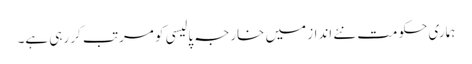
ہماری حکومت نئے انداز میں خارجہ پالیسی کو مرتب کر رہی ہے۔